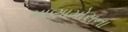
માણામોરાના